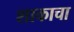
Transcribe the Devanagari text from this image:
शाकाचा